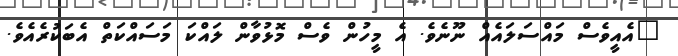
"އެއީވެސް މައްސަލައެއް ނޫނެވެ. އެ މީހުން ވެސް މޮޅުވާން ލައްކަ މަސައްކަތް އެބަކުރެއެވެ.